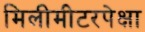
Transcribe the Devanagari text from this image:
मिलीमीटरपेक्षा